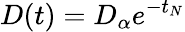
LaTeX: D(t)=D_{\alpha}e^{-t_{N}}